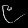
Digit: ၉